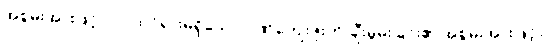
အစွမ်းအားဖြင့်။ ဝါ၊ ထင်ရှားမရှိသော ဂုဏ်ကျေးဇူးကို ချီးမွမ်းခြင်း၏ အစွမ်းအားဖြင့်။